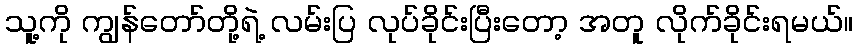
သူ့ကို ကျွန်တော်တို့ရဲ့ လမ်းပြ လုပ်ခိုင်းပြီးတော့ အတူ လိုက်ခိုင်းရမယ်။